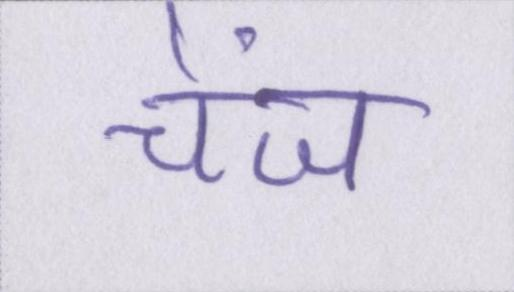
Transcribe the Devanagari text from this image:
चेंज